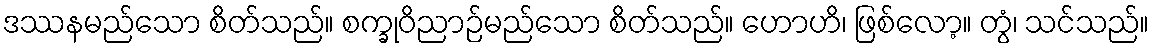
ဒဿနမည်သော စိတ်သည်။ စက္ခုဝိညာဉ်မည်သော စိတ်သည်။ ဟောဟိ၊ ဖြစ်လော့။ တွံ၊ သင်သည်။